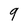
Character: 9